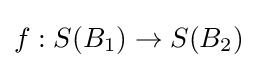
f:S(B_{1})\to S(B_{2})